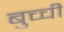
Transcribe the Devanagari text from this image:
बुच्ची